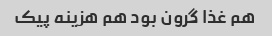
هم غذا گرون بود هم هزینه پیک